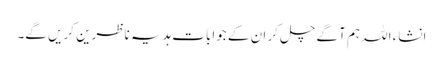
انشاء اللہ ہم آگے چل کر ان کے جوابات ہدیہ ناظرین کریں گے۔